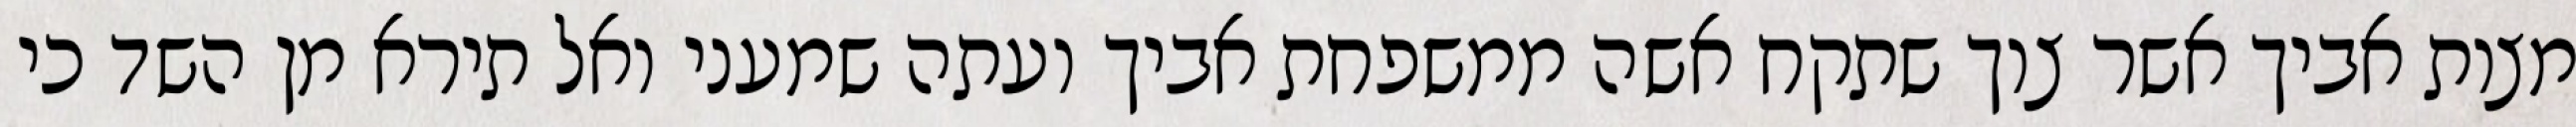
מצות אביך אשר צוך שתקח אשה ממשפחת אביך ועתה שמעני ואל תירא מן השד כי